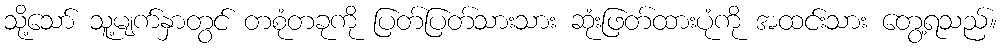
သို့သော် သူ့မျက်နှာတွင် တစုံတခုကို ပြတ်ပြတ်သားသား ဆုံးဖြတ်ထားပုံကို အထင်းသား တွေ့ရသည်။